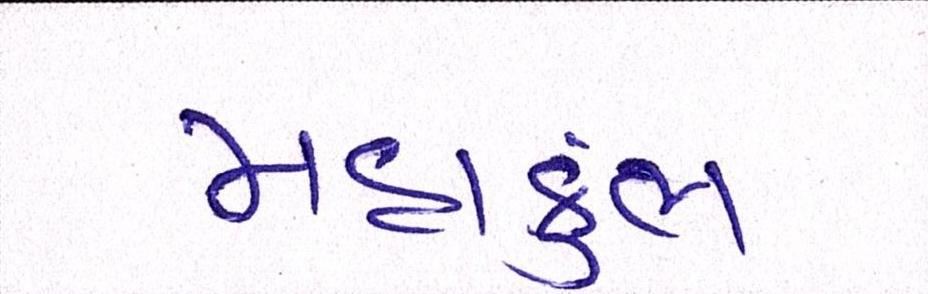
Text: મહાકુંભ